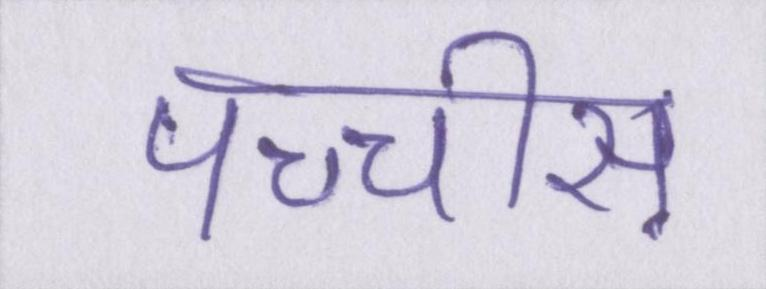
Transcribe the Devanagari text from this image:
पच्चीस